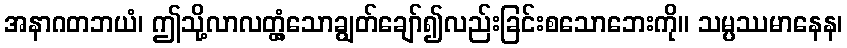
အနာဂတဘယံ၊ ဤသို့လာလတ္တံ့သောချွတ်ချော်၍လည်းခြင်းစသောဘေးကို။ သမ္ပဿမာနေန၊